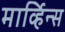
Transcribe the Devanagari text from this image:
मार्व्हिन्स